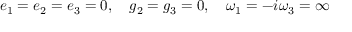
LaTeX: e _ { 1 } = e _ { 2 } = e _ { 3 } = 0 , \quad g _ { 2 } = g _ { 3 } = 0 , \quad \omega _ { 1 } = - i \omega _ { 3 } = \infty